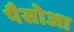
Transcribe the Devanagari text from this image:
पैसोआ